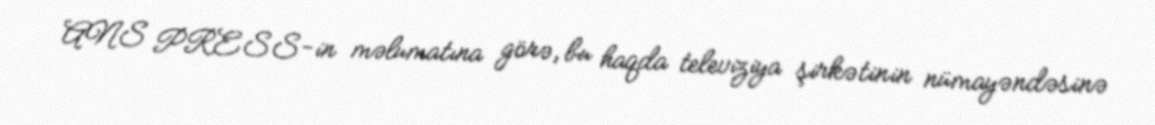
ANS PRESS-in məlumatına görə, bu haqda televiziya şirkətinin nümayəndəsinə